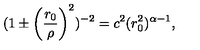
( 1 \pm \left( \frac { r _ { 0 } } { \rho } \right) ^ { 2 } ) ^ { - 2 } = c ^ { 2 } ( r _ { 0 } ^ { 2 } ) ^ { \alpha - 1 } ,